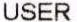
USER